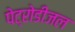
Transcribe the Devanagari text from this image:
पेट्रोडीजल